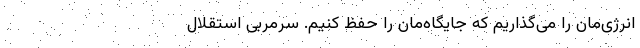
انرژی‌مان را می‌گذاریم که جایگاه‌مان را حفظ کنیم. سرمربی استقلال